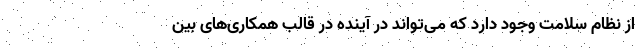
از نظام سلامت وجود دارد که می‌تواند در آینده در قالب همکاری‌های بین